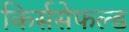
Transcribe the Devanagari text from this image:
किर्ससेफल्ड